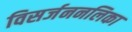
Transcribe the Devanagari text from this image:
विसर्जननलिका